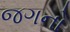
જગનો